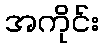
အကိုင်း